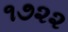
૧૭૨૨